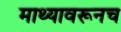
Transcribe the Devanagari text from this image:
माथ्यावरूनच